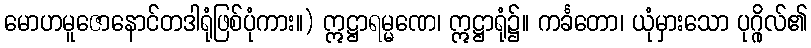
မောဟမူဇောနောင်တဒါရုံဖြစ်ပုံကား။) ဣဋ္ဌာရမ္မဏေ၊ ဣဋ္ဌာရုံ၌။ ကင်္ခတော၊ ယုံမှားသော ပုဂ္ဂိုလ်၏